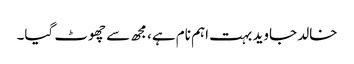
خالد جاوید بہت اہم نام ہے، مجھ سے چھوٹ گیا۔